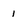
Character: 1